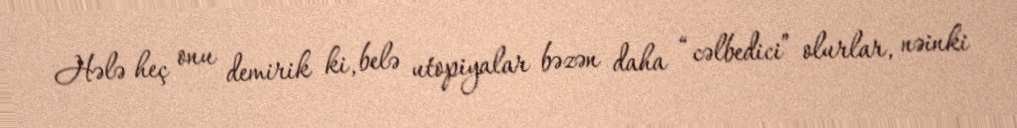
Hələ heç onu demirik ki, belə utopiyalar bəzən daha “cəlbedici” olurlar, nəinki